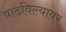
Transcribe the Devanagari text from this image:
वाढविल्यावर